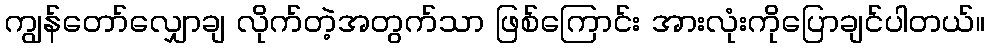
ကျွန်တော်လျှောချ လိုက်တဲ့အတွက်သာ ဖြစ်ကြောင်း အားလုံးကိုပြောချင်ပါတယ်။